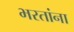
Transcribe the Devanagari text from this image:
भरतांना